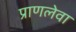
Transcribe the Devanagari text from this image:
प्राणलेवा